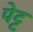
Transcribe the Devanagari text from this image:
पेट्ट